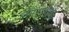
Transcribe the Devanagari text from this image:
हीमैटोलॉजी